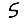
Digit: 5